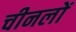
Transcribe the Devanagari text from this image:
चीनलों